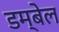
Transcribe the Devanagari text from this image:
डम्बेल